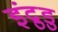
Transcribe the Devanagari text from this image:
इंद्रुडु